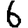
Digit: 6